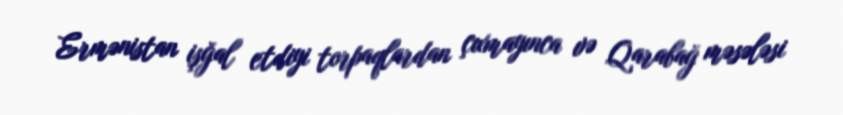
Ermənistan işğal etdiyi torpaqlardan çıxmayınca və Qarabağ məsələsi